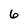
Character: 6